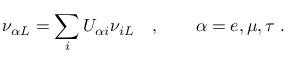
\nu _ { { \alpha } L } = \sum _ { i } U _ { { \alpha } i } \nu _ { i L } \quad , \qquad \alpha = e , \mu , \tau \; .